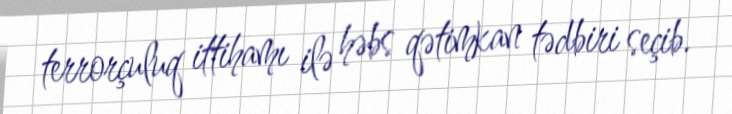
terrorçuluq ittihamı ilə həbs qətimkan tədbiri seçib.